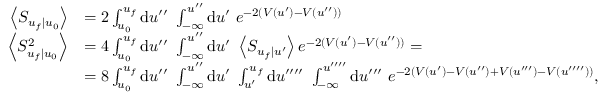
\begin{array} { r l } { \left\langle S _ { u _ { f } | u _ { 0 } } \right\rangle } & { = 2 \int _ { u _ { 0 } } ^ { u _ { f } } \mathrm { d } u ^ { \prime \prime } \ \int _ { - \infty } ^ { u ^ { \prime \prime } } \mathrm { d } u ^ { \prime } \ e ^ { - 2 ( V ( u ^ { \prime } ) - V ( u ^ { \prime \prime } ) ) } } \\ { \left\langle S _ { u _ { f } | u _ { 0 } } ^ { 2 } \right\rangle } & { = 4 \int _ { u _ { 0 } } ^ { u _ { f } } \mathrm { d } u ^ { \prime \prime } \ \int _ { - \infty } ^ { u ^ { \prime \prime } } \mathrm { d } u ^ { \prime } \ \left\langle S _ { u _ { f } | u ^ { \prime } } \right\rangle e ^ { - 2 ( V ( u ^ { \prime } ) - V ( u ^ { \prime \prime } ) ) } = } \\ & { = 8 \int _ { u _ { 0 } } ^ { u _ { f } } \mathrm { d } u ^ { \prime \prime } \ \int _ { - \infty } ^ { u ^ { \prime \prime } } \mathrm { d } u ^ { \prime } \ \int _ { u ^ { \prime } } ^ { u _ { f } } \mathrm { d } u ^ { \prime \prime \prime \prime } \ \int _ { - \infty } ^ { u ^ { \prime \prime \prime \prime } } \mathrm { d } u ^ { \prime \prime \prime } \ e ^ { - 2 ( V ( u ^ { \prime } ) - V ( u ^ { \prime \prime } ) + V ( u ^ { \prime \prime \prime } ) - V ( u ^ { \prime \prime \prime \prime } ) ) } , } \end{array}